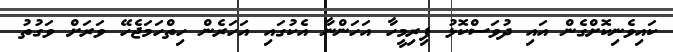
ކައިވެނިކޮށްގެން އައި ދުވަސްކޮޅު ފިރިމީހާ އަހަންނާ އެކުގައި އަހަރެން ހިތްހަމަޖެހޭ ވަރަށް ވަގުތު